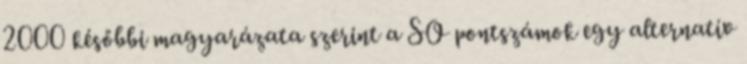
2000 későbbi magyarázata szerint a SO pontszámok egy alternatív